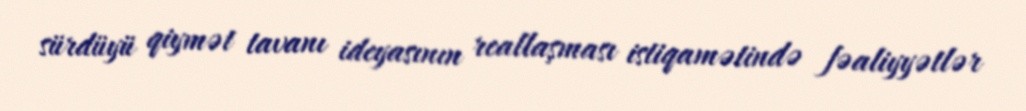
sürdüyü qiymət tavanı ideyasının reallaşması istiqamətində fəaliyyətlər